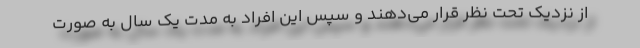
از نزدیک تحت نظر قرار می‌دهند و سپس این افراد به مدت یک سال به صورت